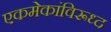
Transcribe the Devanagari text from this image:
एकमेकांविरूध्द